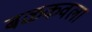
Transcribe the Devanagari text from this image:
बळकवला